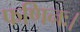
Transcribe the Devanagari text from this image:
फणिनः।